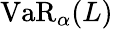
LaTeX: \operatorname{VaR}_{\alpha}(L)